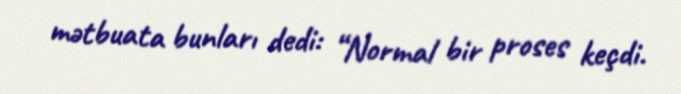
mətbuata bunları dedi: “Normal bir proses keçdi.